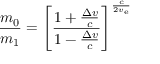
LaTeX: { \frac { m _ { 0 } } { m _ { 1 } } } = \left[ { \frac { 1 + { \frac { \Delta v } { c } } } { 1 - { \frac { \Delta v } { c } } } } \right] ^ { \frac { c } { 2 v _ { \mathrm { e } } } }